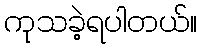
ကုသခဲ့ရပါတယ်။